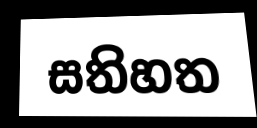
සතිහත